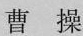
曹操